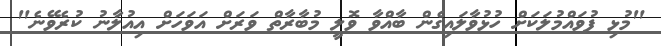
"މުޅި ފުވައްމުލަކަށް ހުޅުވާލައިގެން ބާއްވާ ވޮލީ މުބާރާތް ވަރަށް އަވަހަށް އިއުލާނު ކުރެވޭނެ"